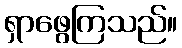
ရှာဖွေကြသည်။